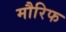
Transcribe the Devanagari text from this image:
मौरिफ